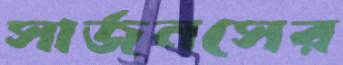
সার্জনসের